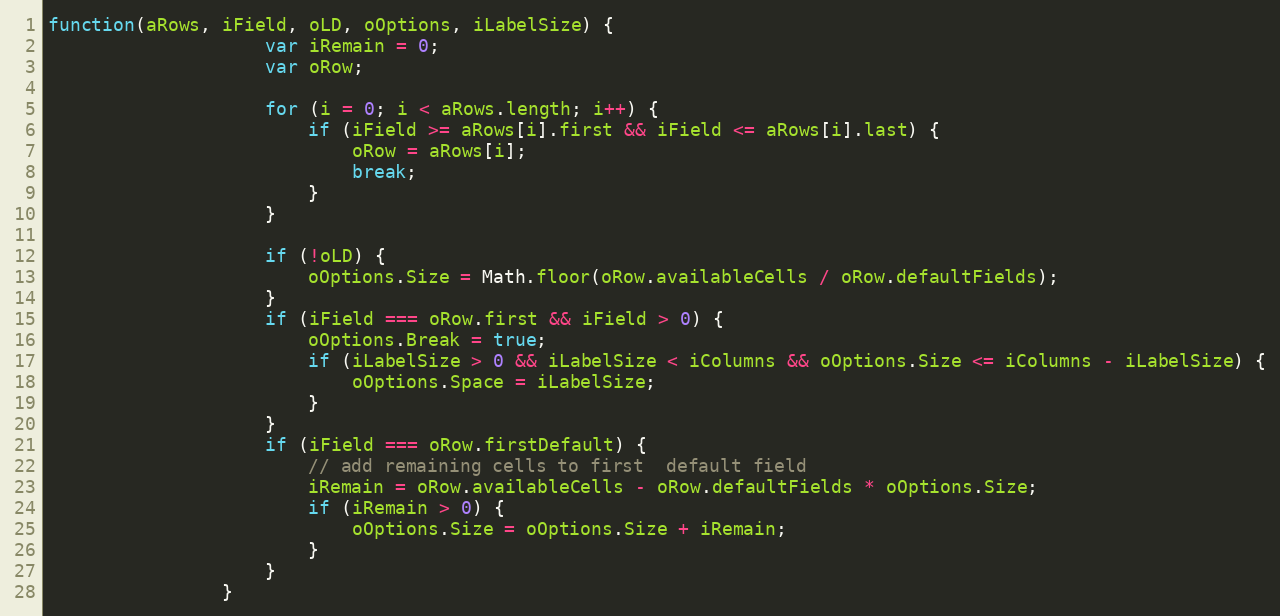
Language: JavaScript
function(aRows, iField, oLD, oOptions, iLabelSize) {
					var iRemain = 0;
					var oRow;

					for (i = 0; i < aRows.length; i++) {
						if (iField >= aRows[i].first && iField <= aRows[i].last) {
							oRow = aRows[i];
							break;
						}
					}

					if (!oLD) {
						oOptions.Size = Math.floor(oRow.availableCells / oRow.defaultFields);
					}
					if (iField === oRow.first && iField > 0) {
						oOptions.Break = true;
						if (iLabelSize > 0 && iLabelSize < iColumns && oOptions.Size <= iColumns - iLabelSize) {
							oOptions.Space = iLabelSize;
						}
					}
					if (iField === oRow.firstDefault) {
						// add remaining cells to first  default field
						iRemain = oRow.availableCells - oRow.defaultFields * oOptions.Size;
						if (iRemain > 0) {
							oOptions.Size = oOptions.Size + iRemain;
						}
					}
				}